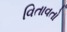
વિતાવતો